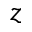
z